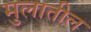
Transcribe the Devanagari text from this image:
मुलातील